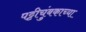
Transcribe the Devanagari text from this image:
पट्टीचुंबकाच्या